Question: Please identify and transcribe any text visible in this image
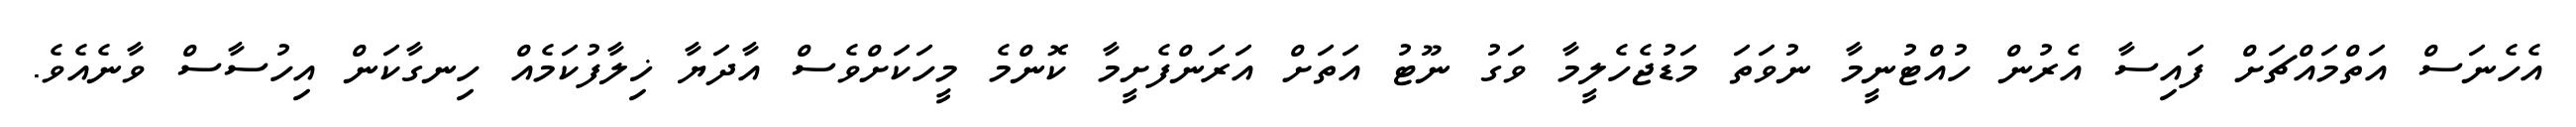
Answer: އެހެނަސް އަތްމައްޗަށް ފައިސާ އެރުން ހުއްޓުނީމާ ނުވަތަ މަޑުޖެހެލީމާ ވަގު ނޫޓު އަތަށް އަރަންފެށީމާ ކޮންމެ މީހަކަށްވެސް އާދަޔާ ޚިލާފުކަމެއް ހިނގާކަން އިހުސާސް ވާނެއެވެ.